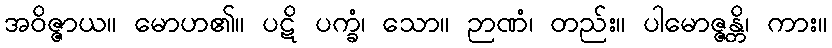
အဝိဇ္ဇာယ။ မောဟ၏။ ပဋိ ပက္ခံ၊ သော။ ဉာဏံ၊ တည်း။ ပါမောဇ္ဇန္တိ၊ ကား။